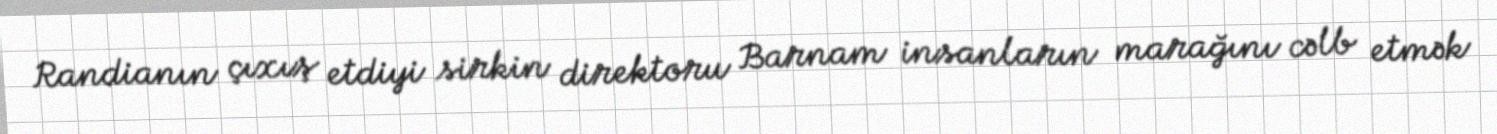
Randianın çıxış etdiyi sirkin direktoru Barnam insanların marağını cəlb etmək